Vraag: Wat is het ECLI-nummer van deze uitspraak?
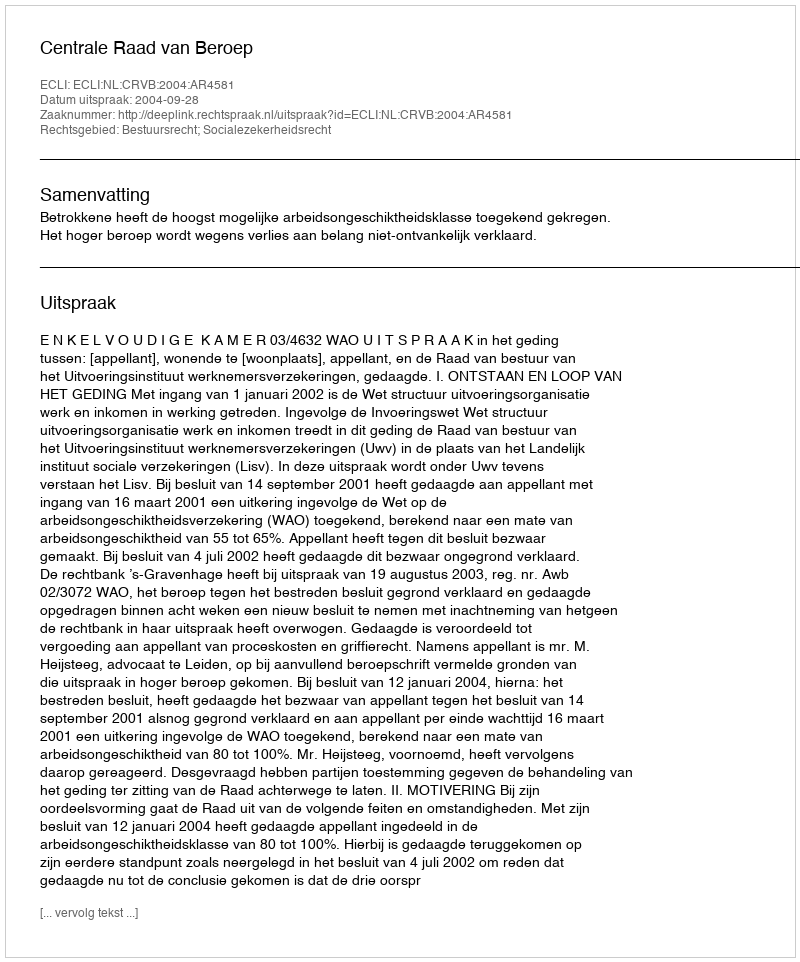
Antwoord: ECLI:NL:CRVB:2004:AR4581